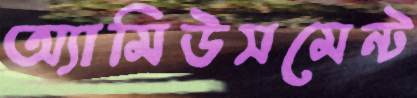
অ্যামিউসমেন্ট